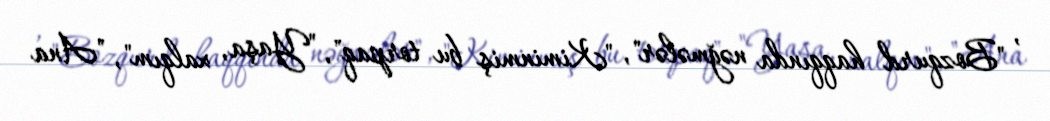
, "Bozqurd haqqında nəğmələr", "Kiminmiş bu torpaq", "Yaşa, xalqım", "Ana